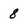
Character: 8